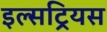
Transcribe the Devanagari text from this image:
इल्सट्रियस